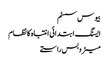
بیوس سسٹم
ایسنگ ابتدائی انتباہ کا نظام
میٹروبس راستے